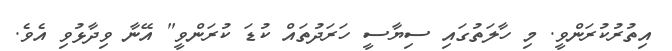
އިތުރުކުރަންވީ. މި ހާލަތުގައި ސިޔާސީ ހަރަދުތައް ކުޑަ ކުރަންވީ" އޭނާ ވިދާޅުވި އެވެ.